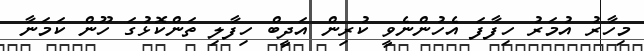
މިހާރު އުމަރު ހިފާފަ އެހުންނެވީ ކުރިން އަދީބް ހިފާލި ތަންކޮޅުގަ ހޫން ކަމަނާ